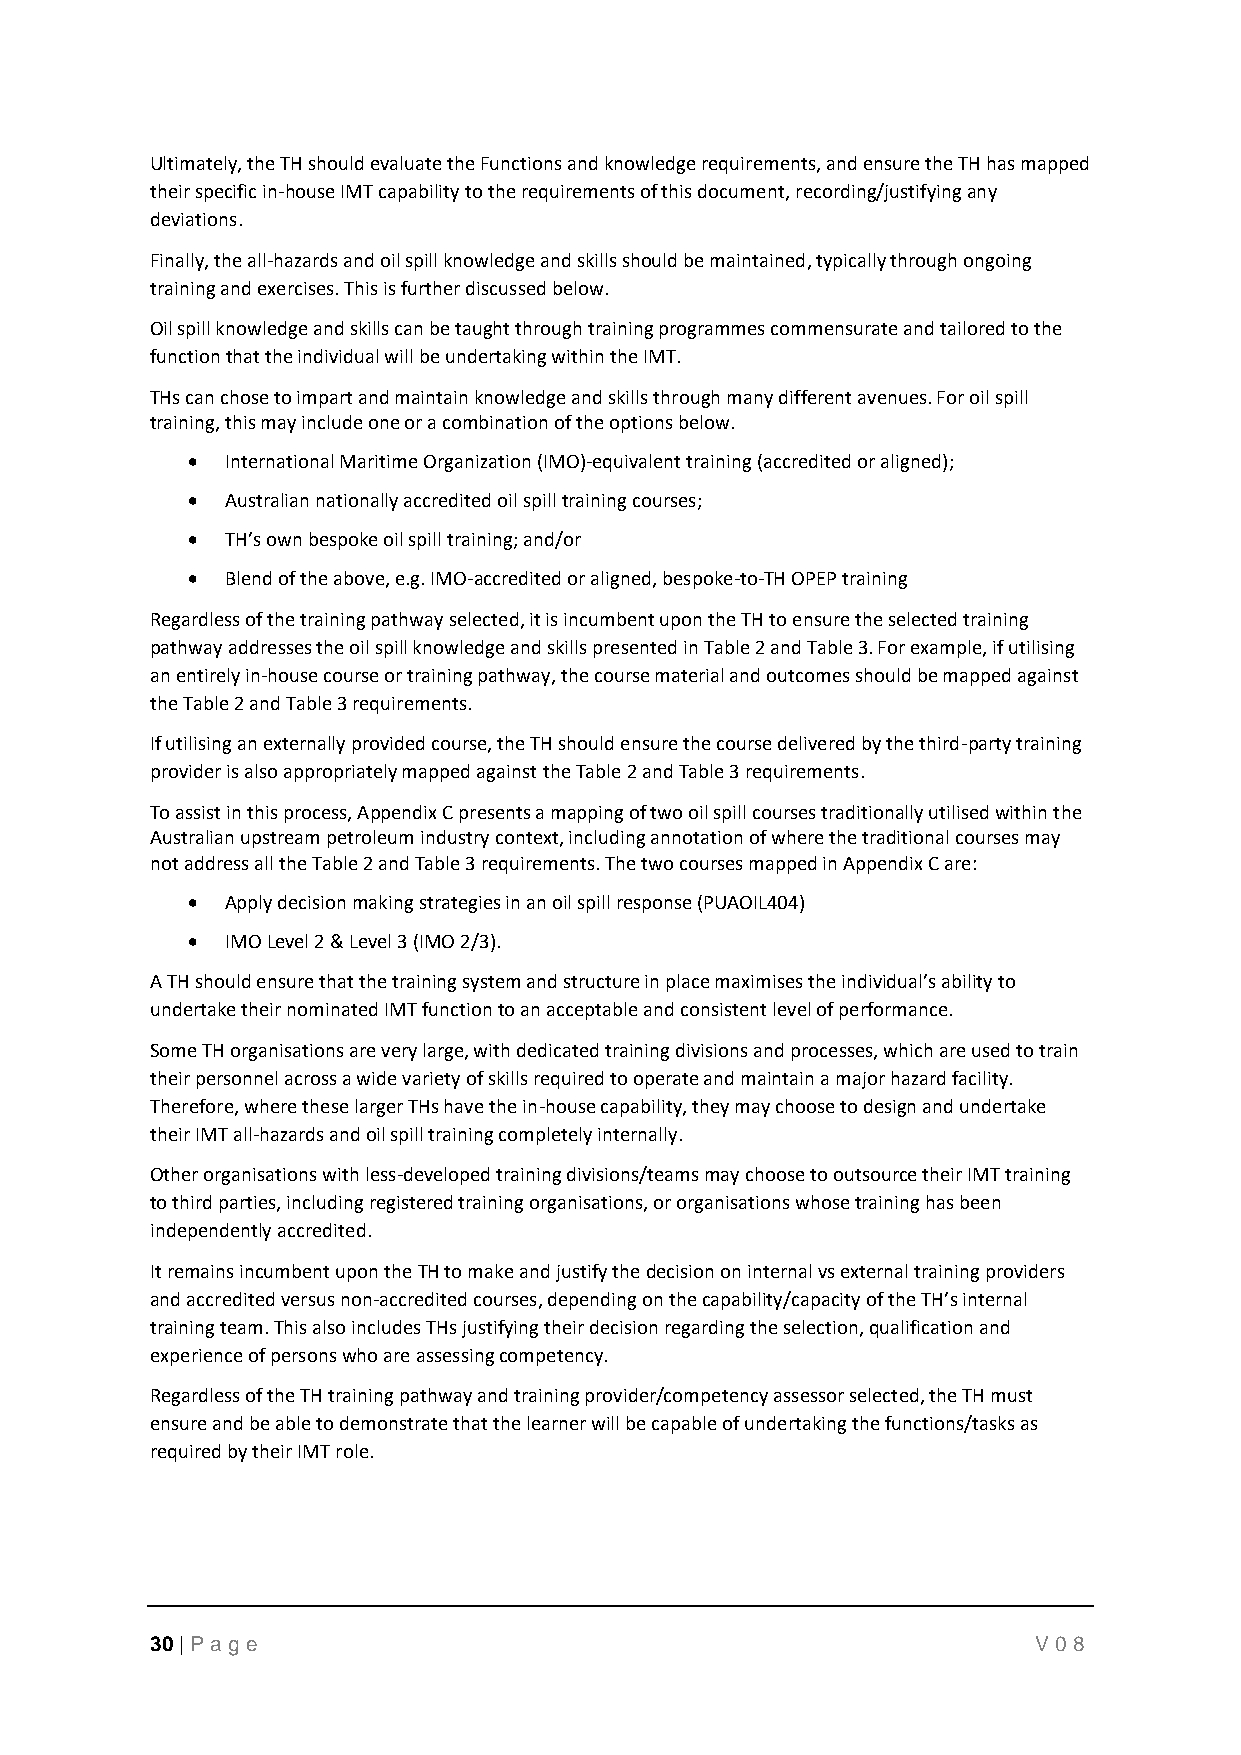
Ultimately, the TH should evaluate the Functions and knowledge requirements, and ensure the TH has mapped
 their specific in-house IMT capability to the requirements of this document, recording/justifying any
 deviations.
 Finally, the all-hazards and oil spill knowledge and skills should be maintained, typically through ongoing
 training and exercises. This is further discussed below.
 Oil spill knowledge and skills can be taught through training programmes commensurate and tailored to the
 function that the individual will be undertaking within the IMT.
 THs can chose to impart and maintain knowledge and skills through many different avenues. For oil spill
 training, this may include one or a combination of the options below.
 •  International Maritime Organization (IMO)-equivalent training (accredited or aligned);
 •  Australian nationally accredited oil spill training courses;
 •  TH’s own bespoke oil spill training; and/or
 •  Blend of the above, e.g. IMO-accredited or aligned, bespoke-to-TH OPEP training
 Regardless of the training pathway selected, it is incumbent upon the TH to ensure the selected training
 pathway addresses the oil spill knowledge and skills presented in Table 2 and Table 3. For example, if utilising
 an entirely in-house course or training pathway, the course material and outcomes should be mapped against
 the Table 2 and Table 3 requirements.
 If utilising an externally provided course, the TH should ensure the course delivered by the third-party training
 provider is also appropriately mapped against the Table 2 and Table 3 requirements.
 To assist in this process, Appendix C presents a mapping of two oil spill courses traditionally utilised within the
 Australian upstream petroleum industry context, including annotation of where the traditional courses may
 not address all the Table 2 and Table 3 requirements. The two courses mapped in Appendix C are:
 •  Apply decision making strategies in an oil spill response (PUAOIL404)
 •  IMO Level 2 & Level 3 (IMO 2/3).
 A TH should ensure that the training system and structure in place maximises the individual’s ability to
 undertake their nominated IMT function to an acceptable and consistent level of performance.
 Some TH organisations are very large, with dedicated training divisions and processes, which are used to train
 their personnel across a wide variety of skills required to operate and maintain a major hazard facility.
 Therefore, where these larger THs have the in-house capability, they may choose to design and undertake
 their IMT all-hazards and oil spill training completely internally.
 Other organisations with less-developed training divisions/teams may choose to outsource their IMT training
 to third parties, including registered training organisations, or organisations whose training has been
 independently accredited.
 It remains incumbent upon the TH to make and justify the decision on internal vs external training providers
 and accredited versus non-accredited courses, depending on the capability/capacity of the TH’s internal
 training team. This also includes THs justifying their decision regarding the selection, qualification and
 experience of persons who are assessing competency.
 Regardless of the TH training pathway and training provider/competency assessor selected, the TH must
 ensure and be able to demonstrate that the learner will be capable of undertaking the functions/tasks as
 required by their IMT role.
 30 | P age                                                 V08